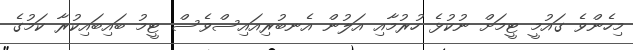
މިހެންވެ ގައުމީ ޓީމަށް ނުކުޅެ ހުރުމާއި އަލުން އެނބުރިއައިސްވެސް ޓީމު ބައިބައިކުރާ ކަމުގެ